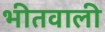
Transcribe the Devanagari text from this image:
भीतवाली